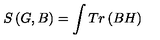
S \left( G , B \right) = \int T r \left( B H \right)